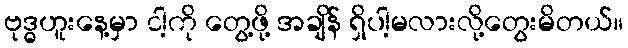
ဗုဒ္ဓဟူးနေ့မှာ ငါ့ကို တွေ့ဖို့ အချိန် ရှိပါ့မလားလို့တွေးမိတယ်။